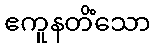
ဧကူနတိံသော